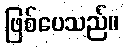
ဖြစ်ပေသည်။